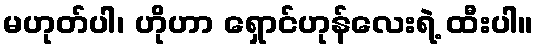
မဟုတ်ပါ၊ ဟိုဟာ ရှောင်ဟုန်လေးရဲ့ ထီးပါ။